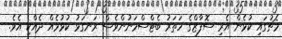
މެޗުގައި ކުޅެން އެރިި ސޮފާޒްގެ ހަތަރު ބެޓްސްމަނުންވެސް ރަނގަޅު ކުޅުމެއް ދެއްކި އެވެ.